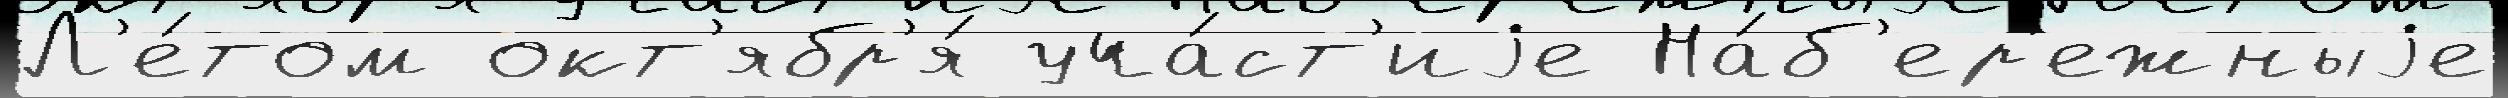
Л'е́том окт'ябр'я́ уча́ст'иjе На́б'ер'ежныjе